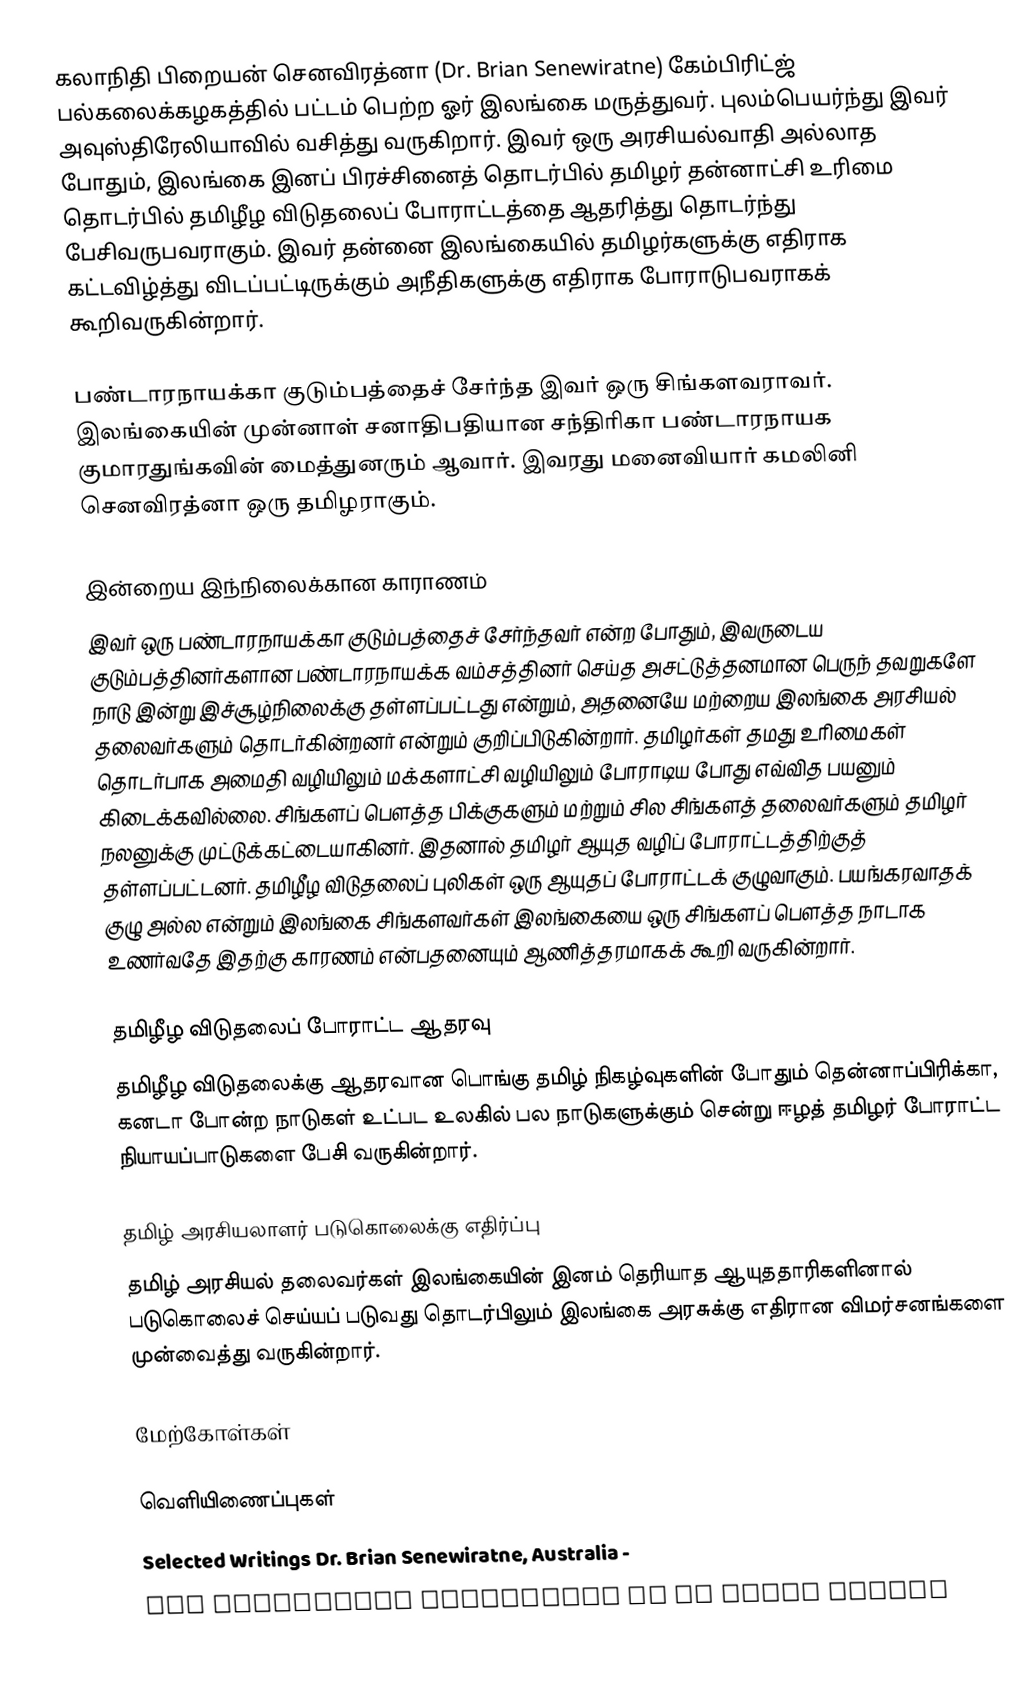
கலாநிதி பிறையன் செனவிரத்னா (Dr. Brian Senewiratne) கேம்பிரிட்ஜ் பல்கலைக்கழகத்தில் பட்டம் பெற்ற ஓர் இலங்கை மருத்துவர். புலம்பெயர்ந்து இவர் அவுஸ்திரேலியாவில் வசித்து வருகிறார். இவர் ஒரு அரசியல்வாதி அல்லாத போதும், இலங்கை இனப் பிரச்சினைத் தொடர்பில் தமிழர் தன்னாட்சி உரிமை தொடர்பில் தமிழீழ விடுதலைப் போராட்டத்தை ஆதரித்து தொடர்ந்து பேசிவருபவராகும். இவர் தன்னை இலங்கையில் தமிழர்களுக்கு எதிராக கட்டவிழ்த்து விடப்பட்டிருக்கும் அநீதிகளுக்கு எதிராக போராடுபவராகக் கூறிவருகின்றார்.

பண்டாரநாயக்கா குடும்பத்தைச் சேர்ந்த இவர் ஒரு சிங்களவராவர். இலங்கையின் முன்னாள் சனாதிபதியான சந்திரிகா பண்டாரநாயக குமாரதுங்கவின் மைத்துனரும் ஆவார். இவரது மனைவியார் கமலினி செனவிரத்னா ஒரு தமிழராகும்.

இன்றைய இந்நிலைக்கான காராணம்
இவர் ஒரு பண்டாரநாயக்கா குடும்பத்தைச் சேர்ந்தவர் என்ற போதும், இவருடைய குடும்பத்தினர்களான பண்டாரநாயக்க வம்சத்தினர் செய்த அசட்டுத்தனமான பெருந் தவறுகளே நாடு இன்று இச்சூழ்நிலைக்கு தள்ளப்பட்டது என்றும், அதனையே மற்றைய இலங்கை அரசியல் தலைவர்களும் தொடர்கின்றனர் என்றும் குறிப்பிடுகின்றார். தமிழர்கள் தமது உரிமைகள் தொடர்பாக அமைதி வழியிலும் மக்களாட்சி வழியிலும் போராடிய போது எவ்வித பயனும் கிடைக்கவில்லை. சிங்களப் பௌத்த பிக்குகளும் மற்றும் சில சிங்களத் தலைவர்களும் தமிழர் நலனுக்கு முட்டுக்கட்டையாகினர். இதனால் தமிழர் ஆயுத வழிப் போராட்டத்திற்குத் தள்ளப்பட்டனர். தமிழீழ விடுதலைப் புலிகள் ஒரு ஆயுதப் போராட்டக் குழுவாகும். பயங்கரவாதக் குழு அல்ல என்றும்  இலங்கை சிங்களவர்கள் இலங்கையை ஒரு சிங்களப் பௌத்த நாடாக உணர்வதே இதற்கு காரணம் என்பதனையும் ஆணித்தரமாகக் கூறி வருகின்றார்.

தமிழீழ விடுதலைப் போராட்ட ஆதரவு
தமிழீழ விடுதலைக்கு ஆதரவான பொங்கு தமிழ் நிகழ்வுகளின் போதும் தென்னாப்பிரிக்கா, கனடா போன்ற நாடுகள் உட்பட உலகில் பல நாடுகளுக்கும் சென்று ஈழத் தமிழர் போராட்ட நியாயப்பாடுகளை பேசி வருகின்றார்.

தமிழ் அரசியலாளர் படுகொலைக்கு எதிர்ப்பு
தமிழ் அரசியல் தலைவர்கள் இலங்கையின் இனம் தெரியாத ஆயுததாரிகளினால் படுகொலைச் செய்யப் படுவது தொடர்பிலும் இலங்கை அரசுக்கு எதிரான விமர்சனங்களை முன்வைத்து வருகின்றார்.

மேற்கோள்கள்

வெளியிணைப்புகள்
 Selected Writings Dr. Brian Senewiratne, Australia -
 The outrageous harassment of Dr Brian Senewi